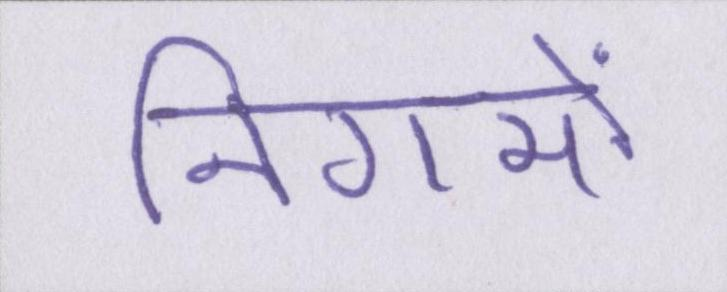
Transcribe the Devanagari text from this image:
निगमों